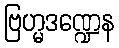
ဗြဟ္မဒဏ္ဍေန